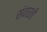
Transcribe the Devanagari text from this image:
संवारती